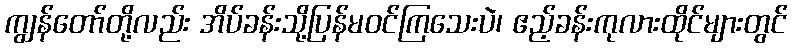
ကျွန်တော်တို့လည်း အိပ်ခန်းသို့ပြန်မဝင်ကြသေးပဲ၊ ဧည့်ခန်းကုလားထိုင်များတွင်